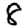
Digit: 8